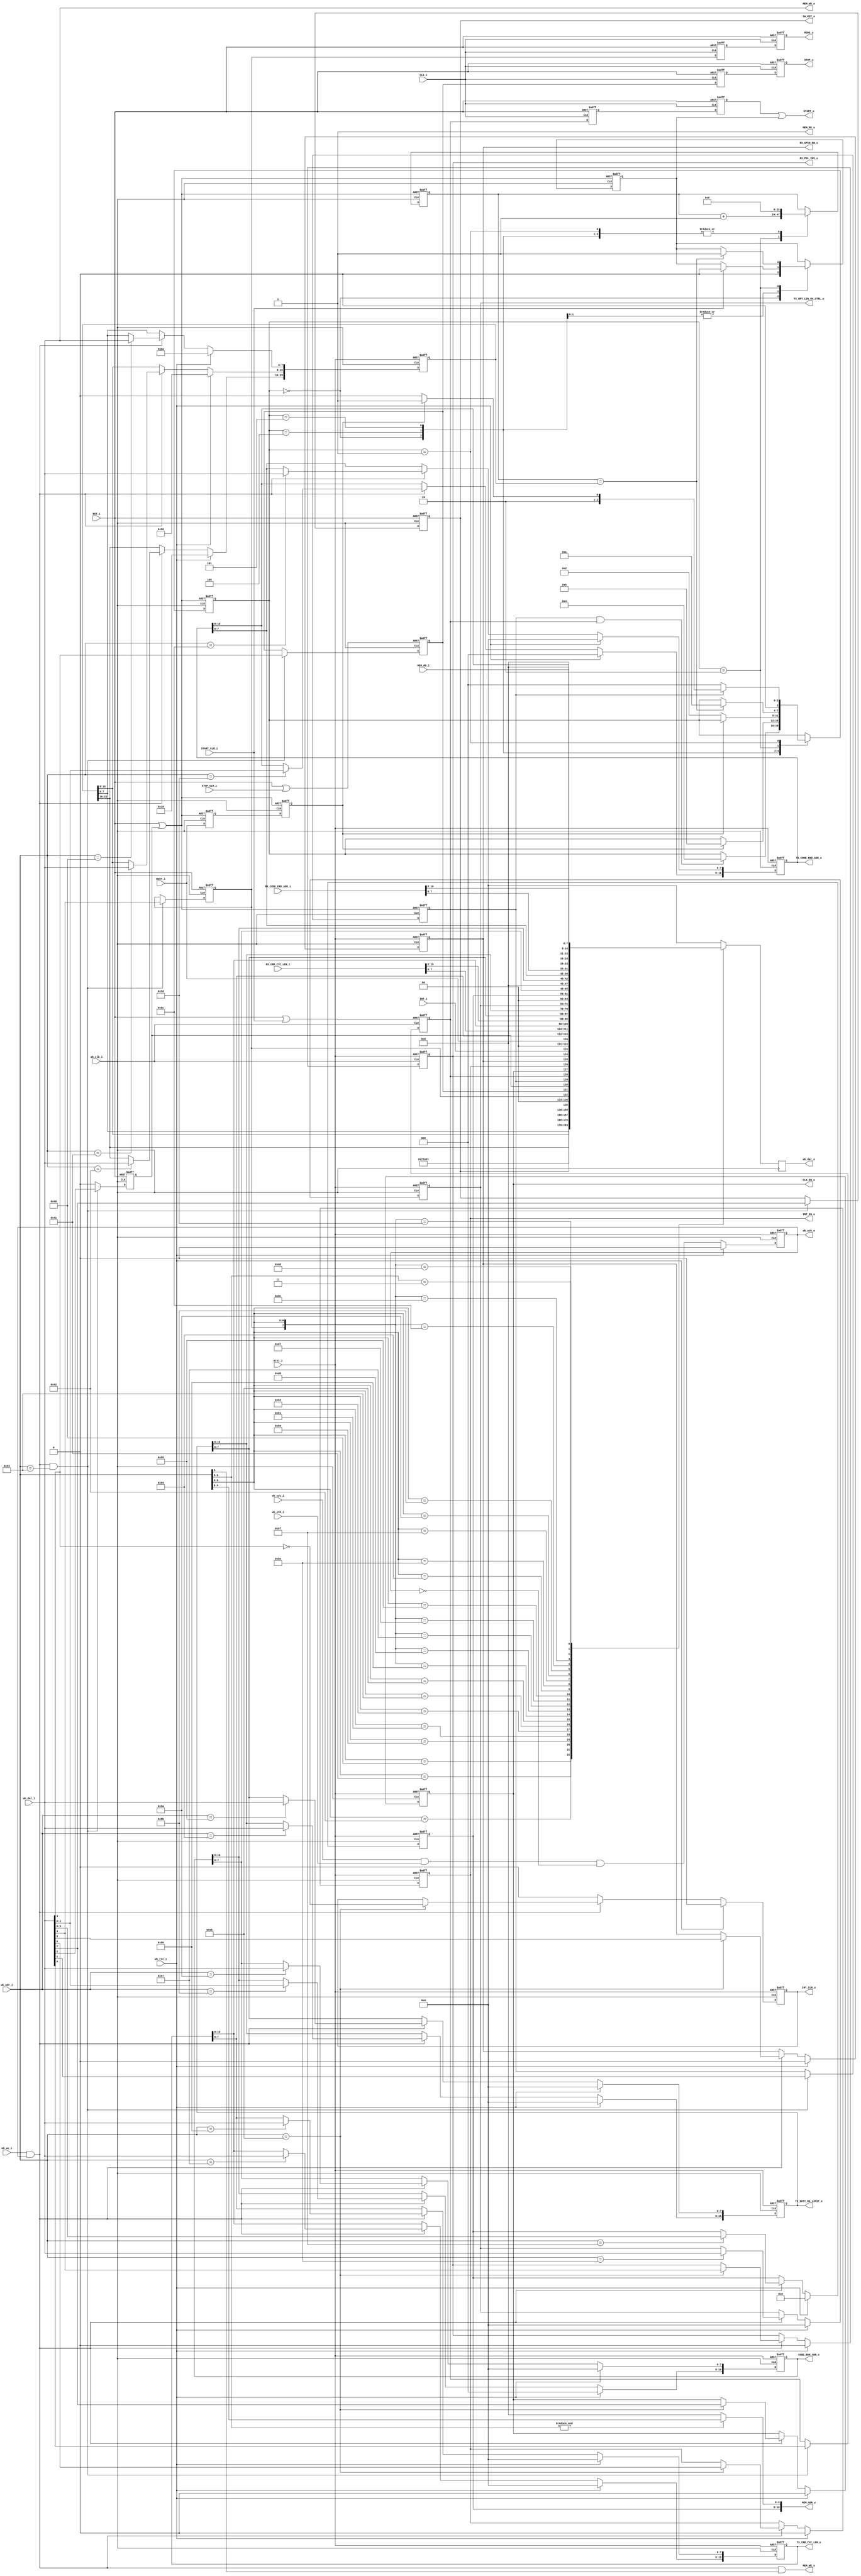
//**********************************************************
//Title:    ir_reg_if
//Design:   ir_reg_if.v
//Function: IrDA Remote TX/RX controller Register I/F to SPI
//Company:  QuickLogic Corp.
//
//**********************************************************

`timescale 1ns/10ps
`define WISHBONE
module ir_reg_if
	#(
	parameter	MEM_ADR_WIDTH        = 11)
(	
	input 						RST_i,					// active-high reset
	input						CLK_i,					// clock (~12MHz?)
`ifdef WISHBONE
	input        				wb_clk_i,     // master clock input
	input        				wb_rst_i,     // synchronous active high reset
	input        				arst_i,       // asynchronous reset
	input  [7:0] 				wb_adr_i,     // lower address bits
	input  [7:0] 				wb_dat_i,    // databus input
	output reg 	[7:0] 		    wb_dat_o,     // databus output
	input        				wb_we_i,     // write enable input
	input        				wb_stb_i,     // stobe/core select signal
	input        				wb_cyc_i,    // valid bus cycle input
	output       				wb_ack_o,    // bus cycle acknowledge output


`else	
	
	input						REG_CLK_i,				// Register Clock (~1.5MHz?)
	input [6:0]					REG_ADR_i,				// Register Address
	input [7:0]					REG_WD_i,				// Register Write Data
	input 						REG_WE_i,				// Register Write Enable
	output [7:0]				REG_RD_o,				// Register Read Data
`endif
//	input 						REG_RD_ACK_i,			// Register Read Data Acknowledge
	
	output						SW_RST_o,				// SW Reset, active high
	output						CLK_EN_o,				// PSB Clock Enable
	output 						MODE_o,					// IrDA Mode 0: Tx, 1: Rx
	output 						START_o,				// IrDA Transaction Start Flag
	input 						START_CLR_i,			// IrDA Transaction Start Clear Flag
	output 						STOP_o,					// IrDA Transaction Stop Flag
	input 						STOP_CLR_i,				// IrDA Transaction Stop Clear Flag
	input 						BUSY_i,					// IrDA Transaction Busy Flag
	output						INT_EN_o,				// Interrupt Enable
	output						RX_GPIO_EN_o,			// GPIO Enable for Rx Transaction
	output						RX_POL_INV_o,			// Rx Signal Polarity Inversion Flag
	output [15:0]				TX_CRR_CYC_LEN_o,		// Tx Carrier Cycle Length
	output [15:0]				TX_DUTY_RX_LIMIT_o,		// Tx Carrier Duty Length / Rx Limit Address
	output [7:0]				TX_RPT_LEN_RX_CTRL_o,	// Tx Repeat Length / Rx Control
	output [MEM_ADR_WIDTH-1:0]	CODE_BGN_ADR_o,			// Tx/Rx Code Begin Address
	output [MEM_ADR_WIDTH-1:0]	TX_CODE_END_ADR_o,		// Tx Code End Address
	input [15:0]				RX_CRR_CYC_LEN_i,		// Rx Carrier Cycle Length
	input [MEM_ADR_WIDTH-1:0]	RX_CODE_END_ADR_i,		// Rx Code End Address

	input						INT_i,					// Tx/Rx Interrupt
	output						INT_CLR_o,				// Tx/Rx Interrupt Clear

	output						MEM_WE_o,				// Memory Write Enable
	output						MEM_RE_o,				// Memory Read Enable
	output [MEM_ADR_WIDTH-1:0]	MEM_ADR_o,				// Memory Address
	output [7:0]				MEM_WD_o,				// Memory Write Data
	input [7:0]					MEM_RD_i				// Memory Read Data
);

//`include "../rtl/compile_param.vh"
//`include "../../../IR/IP/Ir_rtl/compile_param.vh"
//`include "compile_param.vh"
/*
parameter	PSB_ID_LSB = 0;
parameter	PSB_ID_MSB = 0;
parameter	PSB_VER_LSB = 0;
parameter	PSB_VER_MSB = 0;
*/
parameter	ADR_PSB_REP_DEL_LSB =		7'h40;
parameter	ADR_PSB_REP_DEL_MSB =		7'h41;
parameter	ADR_PSB_REP_DEL_LSB_1 =		7'h42;
parameter	ADR_PSB_ID_LSB =			7'h50;
parameter	ADR_PSB_ID_MSB =			7'h51;
parameter	ADR_PSB_VER_LSB =			7'h52;
parameter	ADR_PSB_VER_MSB =			7'h53;
parameter	ADR_COMMAND =				7'h54;
parameter	ADR_STAT_CTRL =				7'h55;
parameter	ADR_CRR_CYC_LEN_LSB =		7'h56;
parameter	ADR_CRR_CYC_LEN_MSB =		7'h57;
parameter	ADR_TX_DUTY_RX_LIMIT_LSB =	7'h58;
parameter	ADR_TX_DUTY_RX_LIMIT_MSB =	7'h59;
parameter	ADR_CODE_BGN_LSB =			7'h5A;
parameter	ADR_CODE_BGN_MSB =			7'h5B;
parameter	ADR_CODE_END_LSB =			7'h5C;
parameter	ADR_CODE_END_MSB =			7'h5D;
parameter	ADR_TX_RPT_LEN_RX_CTRL =	7'h5E;
parameter	ADR_CODE_ADR_IDX =			7'h5F;

// 7'h60 - 7'h7F : Code Address Space

parameter	PSB_ID_LSB = 	8'h02;	// tentative
parameter	PSB_ID_MSB = 	8'h10;	// tentative
parameter	PSB_VER_LSB = 	8'h01;	// tentative
parameter	PSB_VER_MSB = 	8'h00;	// tentative


reg						rSW_RST;
reg						rMODE_s1, rMODE_s2, rSTART_s1, rSTART_s2, rSTOP_s1, rSTOP_s2;
reg						rCLK_EN, rMODE, rSTART, rSTOP, rINT_CLR;
reg 					rREPEAT,rREPEAT_s1,rREPEAT_s2;
reg 					rREPEATSTOP,rREPEATSTOP_s1,rREPEATSTOP_s2;
reg						rINT_EN, rRX_GPIO_EN, rRX_POL_INV;
reg [15:0]				rTX_CRR_CYC_LEN, rTX_DUTY_RX_LIMIT;
reg [23:0]				rTX_RPT_DEL_LEN;
reg [23:0]              rTX_RPT_DEL_LEN_ctr;
reg [7:0]				rTX_RPT_LEN_RX_CTRL;
reg						gen_rpt_strt;

reg 		[3:0]		rpt_cntr_state;
parameter   			st_IDLE_CHK_RPT_STRT  = 3'b000;
parameter   			st_CHK_RPT       	  = 3'b001;
parameter   			st_RUN_DELAYCTR         = 3'b010;
parameter   			st_WAIT_TX_INTR         = 3'b011;
parameter   			st_WAIT_BUSY0         = 3'b100;
parameter   			st_WAIT_BUSY1         = 3'b101;


reg [MEM_ADR_WIDTH-1:0]	rCODE_BGN_ADR, rTX_CODE_END_ADR;
//reg [1:0]				rRX_CRR_OFFSET_LEN, rRX_CRR_SAMPLE_LEN;
//reg [3:0]				rRX_OFF_TIMEOUT_LEN;
reg [5:0]				rMEM_ADR_IDX;
reg [7:0]				wREG_RD;
reg						rREG_WE_s1, rREG_WE_s2, rREG_WE_s3;
wire					wREG_WE = rREG_WE_s2 & (~rREG_WE_s3);

reg BUSY_r1,BUSY_r2;


assign	SW_RST_o = rSW_RST;
assign 	CLK_EN_o = rCLK_EN;
assign 	MODE_o = rMODE_s2;
//assign 	START_o = rSTART_s2;
assign 	START_o = rSTART_s2 | gen_rpt_strt;
assign 	STOP_o = rSTOP_s2;
assign 	INT_EN_o = rINT_EN;
assign 	RX_GPIO_EN_o = rRX_GPIO_EN;
assign 	RX_POL_INV_o = rRX_POL_INV;
assign 	INT_CLR_o = rINT_CLR;
assign 	TX_CRR_CYC_LEN_o = rTX_CRR_CYC_LEN;
assign 	TX_DUTY_RX_LIMIT_o = rTX_DUTY_RX_LIMIT;
assign 	TX_RPT_LEN_RX_CTRL_o = rTX_RPT_LEN_RX_CTRL;
assign 	CODE_BGN_ADR_o = rCODE_BGN_ADR;
assign 	TX_CODE_END_ADR_o = rTX_CODE_END_ADR;
assign	REG_RD_o = wREG_RD;

assign	MEM_RE_o = 1'b1;




`ifdef WISHBONE
//wire rREPEAT_CLR =  RST_i | rSTOP;
wire rREPEAT_CLR =  RST_i | rREPEATSTOP;
always @(posedge wb_clk_i or posedge rREPEAT_CLR)
begin
	if (rREPEAT_CLR)	
    begin	
		BUSY_r1 <= 1'b0;
		BUSY_r2 <= 1'b0;
	end
	else
	begin
		BUSY_r1 <= BUSY_i;
		BUSY_r2 <= BUSY_r1;	
	
    end
end
//Repeat Start generation counter

always @(posedge wb_clk_i or posedge rREPEAT_CLR)
begin
	if (rREPEAT_CLR)	
    begin	
		//rTX_RPT_DEL_LEN_ctr <= 24'h00;
		rTX_RPT_DEL_LEN_ctr <= 24'h0000;
		rpt_cntr_state 		<= st_IDLE_CHK_RPT_STRT;
		gen_rpt_strt 		<= 1'b0;
	end	
	else
	begin
	
	    case (rpt_cntr_state)
		
			st_IDLE_CHK_RPT_STRT 	: 	begin
											rTX_RPT_DEL_LEN_ctr <= 16'h00;
											gen_rpt_strt 		<= 1'b0;
										
											if (rREPEAT & rSTART)
												//rpt_cntr_state <= st_RUN_DELAYCTR;	
												//rpt_cntr_state <= st_WAIT_TX_INTR;	
												rpt_cntr_state <= st_WAIT_BUSY0;	
											else
												rpt_cntr_state <= rpt_cntr_state;
			
										end
									 
									
			//st_WAIT_TX_INTR         :   begin
            //
            //                                 if (INT_i==1)
			//									rpt_cntr_state 		<= st_RUN_DELAYCTR;
			//							end
			
			st_WAIT_BUSY0         :     begin
											 rTX_RPT_DEL_LEN_ctr 	<= 24'h000000;
			                                 if (BUSY_r2==0)
												rpt_cntr_state 		<= rpt_cntr_state;
											 else
												rpt_cntr_state 		<= st_WAIT_BUSY1;
												
											if (START_CLR_i)
													gen_rpt_strt 	<= 1'b0;	
												
										end
										
										
			st_WAIT_BUSY1         :     begin
											 rTX_RPT_DEL_LEN_ctr 	<= 24'h000000;
			                                 if (BUSY_r2==1)
											 begin
												rpt_cntr_state 		<= rpt_cntr_state;
												//gen_rpt_strt 		<= 1'b0;
											 end	
											 else
												rpt_cntr_state 		<= st_RUN_DELAYCTR;

											if (START_CLR_i)
													gen_rpt_strt 	<= 1'b0;												
												
												
										end										
			
									
			st_RUN_DELAYCTR 		: 	begin
											rTX_RPT_DEL_LEN_ctr <= rTX_RPT_DEL_LEN_ctr+1;
										
											if (rTX_RPT_DEL_LEN_ctr == rTX_RPT_DEL_LEN)
											begin
												rpt_cntr_state 	<= st_CHK_RPT;	
												gen_rpt_strt 	<= 1'b1;
											
											end	
											else
											begin
												rpt_cntr_state <= rpt_cntr_state;

												
											end	
			
										end									
									
									
			st_CHK_RPT 				: 	begin
											rTX_RPT_DEL_LEN_ctr 	<= 24'h000000;
											//gen_rpt_strt 			<= 1'b0;
											gen_rpt_strt 			<= gen_rpt_strt;
											if (rREPEAT)			
											begin
												//rpt_cntr_state 			<= st_RUN_DELAYCTR;
												//rpt_cntr_state 			<= st_WAIT_TX_INTR;
												 if (BUSY_r2==0)
													rpt_cntr_state 			<= st_WAIT_BUSY0;
												 else
													rpt_cntr_state 			<= st_WAIT_BUSY1;
											end
											else
											begin
												rpt_cntr_state 			<= st_IDLE_CHK_RPT_STRT;
											end


										end
		
		
		
		
		
		
		endcase
		

	end
		


end


reg wb_ack_i;
assign wb_ack_o = wb_ack_i;
wire rst_i = arst_i;
// generate wishbone write access
wire wb_wacc = wb_we_i & wb_ack_i;

wire [4:0]				wMEM_ADR_LSB 	= (&wb_adr_i[6:5]) ? wb_adr_i[4:0] : 0;
assign					MEM_WE_o 		= wb_wacc & wb_adr_i[6:5];
assign					MEM_WD_o 		= wb_dat_i;
assign					MEM_ADR_o 		= {rMEM_ADR_IDX, wMEM_ADR_LSB};

	
	// generate acknowledge output signal
	always @(posedge wb_clk_i or posedge rst_i)
	  if (rst_i)
	    wb_ack_i <= 1'b0;
	  else if (wb_rst_i)
	    wb_ack_i <= 1'b0;
	  else
	    wb_ack_i <= #1 wb_cyc_i & wb_stb_i & ~wb_ack_i; // because timing is always honored

		
	// assign DAT_O
	always @(posedge wb_clk_i)
	begin
	  //casex ({rMODE,wb_adr_i}) // synopsys parallel_case
	  casex ({rMODE,wb_adr_i[6:0]}) // synopsys parallel_case
	    {1'bx, ADR_PSB_REP_DEL_LSB} : 		wb_dat_o = rTX_RPT_DEL_LEN[7:0];
	    {1'bx, ADR_PSB_REP_DEL_MSB} : 		wb_dat_o = rTX_RPT_DEL_LEN[15:8];	  
	    {1'bx, ADR_PSB_REP_DEL_LSB_1} : 	wb_dat_o = rTX_RPT_DEL_LEN[23:16];	  
		{1'bx, ADR_PSB_ID_LSB} : 			wb_dat_o = PSB_ID_LSB;
		{1'bx, ADR_PSB_ID_MSB} : 			wb_dat_o = PSB_ID_MSB;
		{1'bx, ADR_PSB_VER_LSB} : 			wb_dat_o = PSB_VER_LSB;
		{1'bx, ADR_PSB_VER_MSB} : 			wb_dat_o = PSB_VER_MSB;
		//{1'bx, ADR_COMMAND} : 				wb_dat_o = {rSW_RST, 2'd0, rMODE, rSTOP, 2'd0, rSTART};
		//{1'bx, ADR_COMMAND} : 				wb_dat_o = {rSW_RST, 2'd0, rMODE, rSTOP, 1'b0,rREPEAT, rSTART};
		{1'bx, ADR_COMMAND} : 				wb_dat_o = {rSW_RST, 2'd0, rMODE, rSTOP, rREPEATSTOP,rREPEAT, rSTART};
		{1'bx, ADR_STAT_CTRL} : 			wb_dat_o = {rCLK_EN, rINT_EN, rRX_GPIO_EN, rRX_POL_INV, INT_i, 2'd0, BUSY_i};
		{1'b0, ADR_CRR_CYC_LEN_LSB} :	 	wb_dat_o = rTX_CRR_CYC_LEN[7:0];
		{1'b1, ADR_CRR_CYC_LEN_LSB} : 		wb_dat_o = RX_CRR_CYC_LEN_i[7:0];
		{1'b0, ADR_CRR_CYC_LEN_MSB} :	 	wb_dat_o = rTX_CRR_CYC_LEN[15:8];
		{1'b1, ADR_CRR_CYC_LEN_MSB} : 		wb_dat_o = RX_CRR_CYC_LEN_i[15:8];
		{1'bx, ADR_TX_DUTY_RX_LIMIT_LSB} : 	wb_dat_o = rTX_DUTY_RX_LIMIT[7:0];
		{1'bx, ADR_TX_DUTY_RX_LIMIT_MSB} : 	wb_dat_o = rTX_DUTY_RX_LIMIT[15:8];
		{1'bx, ADR_TX_RPT_LEN_RX_CTRL} : 	wb_dat_o = rTX_RPT_LEN_RX_CTRL;
		{1'bx, ADR_CODE_ADR_IDX} : 			wb_dat_o = {2'd0, rMEM_ADR_IDX};
		{1'bx, ADR_CODE_BGN_LSB} : 			wb_dat_o = rCODE_BGN_ADR[7:0];
		{1'bx, ADR_CODE_BGN_MSB} : 			wb_dat_o = {5'd0, rCODE_BGN_ADR[MEM_ADR_WIDTH-1:8]};
		{1'b0, ADR_CODE_END_LSB} : 			wb_dat_o = rTX_CODE_END_ADR[7:0];
		{1'b1, ADR_CODE_END_LSB} : 			wb_dat_o = RX_CODE_END_ADR_i[7:0];
		{1'b0, ADR_CODE_END_MSB} : 			wb_dat_o = {5'd0, rTX_CODE_END_ADR[MEM_ADR_WIDTH-1:8]};
		{1'b1, ADR_CODE_END_MSB} : 			wb_dat_o = {5'd0, RX_CODE_END_ADR_i[MEM_ADR_WIDTH-1:8]};
		{1'bx, 7'b11x_xxxx} :				wb_dat_o = MEM_RD_i;
		default : 							wb_dat_o = 8'h0;
	  endcase
	end		
	
	
	//Sync
	always @(posedge CLK_i or posedge RST_i) begin
		if (RST_i) begin
			rMODE_s1 <= 0;
			rMODE_s2 <= 0;
			rSTART_s1 <= 0;
			rSTART_s2 <= 0;
			rSTOP_s1 <= 0;
			rSTOP_s2 <= 0;
			rREPEAT_s1 <= 0;
			rREPEAT_s2 <= 0;
		end
		else begin
			rMODE_s1 <= rMODE;
			rMODE_s2 <= rMODE_s1;
			rSTART_s1 <= rSTART;
			rSTART_s2 <= rSTART_s1;
			rSTOP_s1 <= rSTOP;
			rSTOP_s2 <= rSTOP_s1;
			rREPEAT_s1 <= rREPEAT;
			rREPEAT_s2 <= rREPEAT_s1;			
		end
	end	
	
   //Write to register specific cases

	always @(posedge wb_clk_i or posedge RST_i) begin
		if (RST_i) begin
			rSW_RST <= 0;
			rMODE <= 0;
		end
		else if (wb_wacc & (wb_adr_i == ADR_COMMAND)) begin
			rSW_RST <= wb_dat_i[7];
			rMODE <= wb_dat_i[4];
		end
	end

wire	wSTART_RST = RST_i | START_CLR_i;

	always @(posedge wb_clk_i or posedge wSTART_RST) begin
		if (wSTART_RST) begin
			rSTART <= 0;
		end
		else if (wb_wacc & (wb_adr_i == ADR_COMMAND)) begin
			rSTART <= wb_dat_i[0];
		end
	end

wire	wSTOP_RST = RST_i | STOP_CLR_i;

	always @(posedge wb_clk_i or posedge wSTOP_RST) begin
		if (wSTOP_RST) begin
			rSTOP <= 0;
		end
		else if (wb_wacc & (wb_adr_i == ADR_COMMAND)) begin
			rSTOP <= wb_dat_i[3];
		end
	end   

	//New Change
//assign	rREPEAT_CLR =  RST_i | rSTOP;
	always @(posedge wb_clk_i or posedge rREPEAT_CLR) begin
		if (rREPEAT_CLR) begin
			rREPEAT <= 0;
		end
		else if (wb_wacc & (wb_adr_i == ADR_COMMAND)) begin
			rREPEAT <= wb_dat_i[1];
		end
	end 	
	
	always @(posedge wb_clk_i or posedge RST_i) begin
		if (RST_i) begin
			rREPEATSTOP <= 0;
		end
		else 
			if (wb_wacc & (wb_adr_i == ADR_COMMAND)) 
			begin
				rREPEATSTOP <= wb_dat_i[2];
			
			end
			else
				rREPEATSTOP <= 1'b0;
			
	end	
	

	// Write to registers
	always @(posedge wb_clk_i or posedge rst_i)
	  if (rst_i)
	    begin
	
			rCLK_EN 			<= 0;
			rINT_EN 			<= 0;
			rRX_GPIO_EN 		<= 0;
			rRX_POL_INV 		<= 0;
			rINT_CLR 			<= 0;

		    rTX_CRR_CYC_LEN     <= 0;
			rTX_DUTY_RX_LIMIT   <= 0;
			rTX_RPT_LEN_RX_CTRL <= 0;
			rMEM_ADR_IDX        <= 0;
			rCODE_BGN_ADR 		<= 0;
			rTX_CODE_END_ADR 	<= 0;
			
			rTX_RPT_DEL_LEN 	<= 24'h1050BA;
	    end
	  else if (wb_rst_i)
	    begin
			rCLK_EN 			<= 0;
			rINT_EN 			<= 0;
			rRX_GPIO_EN 		<= 0;
			rRX_POL_INV 		<= 0;
			rINT_CLR 			<= 0;

		    rTX_CRR_CYC_LEN     <= 0;
			rTX_DUTY_RX_LIMIT   <= 0;
			rTX_RPT_LEN_RX_CTRL <= 0;
			rMEM_ADR_IDX        <= 0;
			rCODE_BGN_ADR 		<= 0;
			rTX_CODE_END_ADR 	<= 0;		
			
			rTX_RPT_DEL_LEN 	<= 24'h1050BA;			//108 ms for 12 Mhz clock
			
	    end
	  else
	   if (wb_wacc)
	   begin
	      case (wb_adr_i) // synopsys parallel_case
		  
			ADR_PSB_REP_DEL_LSB : 		rTX_RPT_DEL_LEN[7:0]	<= wb_dat_i[7:0];
			ADR_PSB_REP_DEL_MSB : 		rTX_RPT_DEL_LEN[15:8]	<= wb_dat_i[7:0];		  
			ADR_PSB_REP_DEL_LSB_1: 		rTX_RPT_DEL_LEN[23:16]	<= wb_dat_i[7:0];		  

		    ADR_STAT_CTRL               : 	begin
												rCLK_EN 		<= wb_dat_i[7];
												rINT_EN 		<= wb_dat_i[6];
						                        rRX_GPIO_EN 	<= wb_dat_i[5];
			                                    rRX_POL_INV 	<= wb_dat_i[4];
			                                    rINT_CLR 		<= ~wb_dat_i[3];
											end	
		    ADR_CRR_CYC_LEN_LSB  		: rTX_CRR_CYC_LEN[7:0] 		 		     <= wb_dat_i[7:0];
		    ADR_CRR_CYC_LEN_MSB  		: rTX_CRR_CYC_LEN[15:8] 		 		 <= wb_dat_i[7:0];
		    ADR_TX_DUTY_RX_LIMIT_LSB  	: rTX_DUTY_RX_LIMIT[7:0] 		 		 <= wb_dat_i[7:0];
		    ADR_TX_DUTY_RX_LIMIT_MSB  	: rTX_DUTY_RX_LIMIT[15:8]		 		 <= wb_dat_i[7:0];
		    ADR_TX_RPT_LEN_RX_CTRL  	: rTX_RPT_LEN_RX_CTRL 			 		 <= wb_dat_i[7:0];
		    ADR_CODE_ADR_IDX 			: rMEM_ADR_IDX 						 	 <= wb_dat_i[5:0]; 
		    ADR_CODE_BGN_LSB 			: rCODE_BGN_ADR[7:0] 				 	 <= wb_dat_i[7:0];  
			ADR_CODE_BGN_MSB 			: rCODE_BGN_ADR[MEM_ADR_WIDTH-1:8] 	     <= wb_dat_i[7:0]; 
		    ADR_CODE_END_LSB 			: rTX_CODE_END_ADR[7:0] 				 <= wb_dat_i[7:0];
		    ADR_CODE_END_MSB 			: rTX_CODE_END_ADR[MEM_ADR_WIDTH-1:8]    <= wb_dat_i[7:0];
		  
		  

	         default: ;
	      endcase
		end  
		else 
		begin	
			if (rINT_CLR) begin	// self reset
				rINT_CLR <= 0;
		end
		end  

`else

wire [4:0]				wMEM_ADR_LSB = (&REG_ADR_i[6:5]) ? REG_ADR_i[4:0] : 0;
assign					MEM_WE_o = wREG_WE & REG_ADR_i[6:5];
assign					MEM_WD_o = REG_WD_i;
assign					MEM_ADR_o 		= {rMEM_ADR_IDX, wMEM_ADR_LSB};

always @(posedge CLK_i or posedge RST_i) begin
	if (RST_i) begin
		rREG_WE_s1 <= 0;
		rREG_WE_s2 <= 0;
		rREG_WE_s3 <= 0;
	end
	else begin
		rREG_WE_s1 <= REG_WE_i;
		rREG_WE_s2 <= rREG_WE_s1;
		rREG_WE_s3 <= rREG_WE_s2;
	end
end


always @(posedge REG_CLK_i or posedge RST_i) begin
	if (RST_i) begin
		rSW_RST <= 0;
		rMODE <= 0;
	end
	else if (REG_WE_i & (REG_ADR_i == ADR_COMMAND)) begin
		rSW_RST <= REG_WD_i[7];
		rMODE <= REG_WD_i[4];
	end
//	else begin
//		rMODE <= rMODE;
//	end
end

wire	wSTART_RST = RST_i | START_CLR_i;

always @(posedge REG_CLK_i or posedge wSTART_RST) begin
	if (wSTART_RST) begin
		rSTART <= 0;
	end
	else if (REG_WE_i & (REG_ADR_i == ADR_COMMAND)) begin
		rSTART <= REG_WD_i[0];
	end
//	else begin
//		rSTART <= rSTART;
//	end
end

wire	wSTOP_RST = RST_i | STOP_CLR_i;

always @(posedge REG_CLK_i or posedge wSTOP_RST) begin
	if (wSTOP_RST) begin
		rSTOP <= 0;
	end
	else if (REG_WE_i & (REG_ADR_i == ADR_COMMAND)) begin
		rSTOP <= REG_WD_i[3];
	end
//	else begin
//		rSTOP <= rSTOP;
//	end
end

always @(posedge CLK_i or posedge RST_i) begin
	if (RST_i) begin
		rMODE_s1 <= 0;
		rMODE_s2 <= 0;
		rSTART_s1 <= 0;
		rSTART_s2 <= 0;
		rSTOP_s1 <= 0;
		rSTOP_s2 <= 0;
	end
	else begin
		rMODE_s1 <= rMODE;
		rMODE_s2 <= rMODE_s1;
		rSTART_s1 <= rSTART;
		rSTART_s2 <= rSTART_s1;
		rSTOP_s1 <= rSTOP;
		rSTOP_s2 <= rSTOP_s1;
	end
end


always @(posedge REG_CLK_i or posedge RST_i) begin
	if (RST_i) begin
		rCLK_EN <= 0;
		rINT_EN <= 0;
		rRX_GPIO_EN <= 0;
		rRX_POL_INV <= 0;
		rINT_CLR <= 0;
	end
	else if (REG_WE_i & (REG_ADR_i == ADR_STAT_CTRL)) begin
		rCLK_EN <= REG_WD_i[7];
		rINT_EN <= REG_WD_i[6];
		rRX_GPIO_EN <= REG_WD_i[5];
		rRX_POL_INV <= REG_WD_i[4];
		rINT_CLR <= ~REG_WD_i[3];
	end
	else if (rINT_CLR) begin	// self reset
		rINT_CLR <= 0;
	end
//	else begin
//		rCLK_EN <= rCLK_EN;
//		rINT_EN <= rINT_EN;
//		rRX_GPIO_EN <= rRX_GPIO_EN;
//		rRX_POL_INV <= rRX_POL_INV;
//		rINT_CLR <= rINT_CLR;
//	end
end


always @(posedge REG_CLK_i or posedge RST_i) begin
	if (RST_i) begin
		rTX_CRR_CYC_LEN <= 0;
	end
	else if (REG_WE_i & (REG_ADR_i == ADR_CRR_CYC_LEN_LSB)) begin
		rTX_CRR_CYC_LEN[7:0] <= REG_WD_i;
	end
	else if (REG_WE_i & (REG_ADR_i == ADR_CRR_CYC_LEN_MSB)) begin
		rTX_CRR_CYC_LEN[15:8] <= REG_WD_i;
	end
//	else begin
//		rTX_CRR_CYC_LEN <= rTX_CRR_CYC_LEN;
//	end
end

always @(posedge REG_CLK_i or posedge RST_i) begin
	if (RST_i) begin
		rTX_DUTY_RX_LIMIT <= 0;
	end
	else if (REG_WE_i & (REG_ADR_i == ADR_TX_DUTY_RX_LIMIT_LSB)) begin
		rTX_DUTY_RX_LIMIT[7:0] <= REG_WD_i;
	end
	else if (REG_WE_i & (REG_ADR_i == ADR_TX_DUTY_RX_LIMIT_MSB)) begin
		rTX_DUTY_RX_LIMIT[15:8] <= REG_WD_i;
	end
//	else begin
//		rTX_DUTY_RX_LIMIT <= rTX_DUTY_RX_LIMIT;
//	end
end

always @(posedge REG_CLK_i or posedge RST_i) begin
	if (RST_i) begin
		rTX_RPT_LEN_RX_CTRL <= 0;
	end
	else if (REG_WE_i & (REG_ADR_i == ADR_TX_RPT_LEN_RX_CTRL)) begin
		rTX_RPT_LEN_RX_CTRL <= REG_WD_i;
	end
//	else begin
//		rTX_RPT_LEN_RX_CTRL <= rTX_RPT_LEN_RX_CTRL;
//	end
end

always @(posedge REG_CLK_i or posedge RST_i) begin
	if (RST_i) begin
		rMEM_ADR_IDX <= 0;
	end
	else if (REG_WE_i & (REG_ADR_i == ADR_CODE_ADR_IDX)) begin
		rMEM_ADR_IDX <= REG_WD_i[5:0];
	end
//	else if (wREG_WE & (REG_ADR_i == 7'h7F)) begin	// end of lower address edge
//		rMEM_ADR_IDX <= rMEM_ADR_IDX + 1;
//	end
//	else begin
//		rMEM_ADR_IDX <= rMEM_ADR_IDX;
//	end
end

always @(posedge REG_CLK_i or posedge RST_i) begin
	if (RST_i) begin
		rCODE_BGN_ADR <= 0;
	end
	else if (REG_WE_i & (REG_ADR_i == ADR_CODE_BGN_LSB)) begin
		rCODE_BGN_ADR[7:0] <= REG_WD_i;
	end
	else if (REG_WE_i & (REG_ADR_i == ADR_CODE_BGN_MSB)) begin
		rCODE_BGN_ADR[MEM_ADR_WIDTH-1:8] <= REG_WD_i;
	end
//	else begin
//		rCODE_BGN_ADR <= rCODE_BGN_ADR;
//	end
end

always @(posedge REG_CLK_i or posedge RST_i) begin
	if (RST_i) begin
		rTX_CODE_END_ADR <= 0;
	end
	else if (REG_WE_i & (REG_ADR_i == ADR_CODE_END_LSB)) begin
		rTX_CODE_END_ADR[7:0] <= REG_WD_i;
	end
	else if (REG_WE_i & (REG_ADR_i == ADR_CODE_END_MSB)) begin
		rTX_CODE_END_ADR[MEM_ADR_WIDTH-1:8] <= REG_WD_i;
	end
//	else begin
//		rTX_CODE_END_ADR <= rTX_CODE_END_ADR;
//	end
end


///// SPI Register Read /////////////////////////////////////////////////////

always @(*) begin
	casex ({rMODE, REG_ADR_i})

		{1'bx, ADR_PSB_ID_LSB} : 			wREG_RD = PSB_ID_LSB;
		{1'bx, ADR_PSB_ID_MSB} : 			wREG_RD = PSB_ID_MSB;
		{1'bx, ADR_PSB_VER_LSB} : 			wREG_RD = PSB_VER_LSB;
		{1'bx, ADR_PSB_VER_MSB} : 			wREG_RD = PSB_VER_MSB;
		{1'bx, ADR_COMMAND} : 				wREG_RD = {rSW_RST, 2'd0, rMODE, rSTOP, 2'd0, rSTART};
		{1'bx, ADR_STAT_CTRL} : 			wREG_RD = {rCLK_EN, rINT_EN, rRX_GPIO_EN, rRX_POL_INV, INT_i, 2'd0, BUSY_i};
		{1'b0, ADR_CRR_CYC_LEN_LSB} :	 	wREG_RD = rTX_CRR_CYC_LEN[7:0];
		{1'b1, ADR_CRR_CYC_LEN_LSB} : 		wREG_RD = RX_CRR_CYC_LEN_i[7:0];
		{1'b0, ADR_CRR_CYC_LEN_MSB} :	 	wREG_RD = rTX_CRR_CYC_LEN[15:8];
		{1'b1, ADR_CRR_CYC_LEN_MSB} : 		wREG_RD = RX_CRR_CYC_LEN_i[15:8];
		{1'bx, ADR_TX_DUTY_RX_LIMIT_LSB} : 	wREG_RD = rTX_DUTY_RX_LIMIT[7:0];
		{1'bx, ADR_TX_DUTY_RX_LIMIT_MSB} : 	wREG_RD = rTX_DUTY_RX_LIMIT[15:8];
		{1'bx, ADR_TX_RPT_LEN_RX_CTRL} : 	wREG_RD = rTX_RPT_LEN_RX_CTRL;
		{1'bx, ADR_CODE_ADR_IDX} : 			wREG_RD = {2'd0, rMEM_ADR_IDX};
		{1'bx, ADR_CODE_BGN_LSB} : 			wREG_RD = rCODE_BGN_ADR[7:0];
		{1'bx, ADR_CODE_BGN_MSB} : 			wREG_RD = {5'd0, rCODE_BGN_ADR[MEM_ADR_WIDTH-1:8]};
		{1'b0, ADR_CODE_END_LSB} : 			wREG_RD = rTX_CODE_END_ADR[7:0];
		{1'b1, ADR_CODE_END_LSB} : 			wREG_RD = RX_CODE_END_ADR_i[7:0];
		{1'b0, ADR_CODE_END_MSB} : 			wREG_RD = {5'd0, rTX_CODE_END_ADR[MEM_ADR_WIDTH-1:8]};
		{1'b1, ADR_CODE_END_MSB} : 			wREG_RD = {5'd0, RX_CODE_END_ADR_i[MEM_ADR_WIDTH-1:8]};
		{1'bx, 7'b11x_xxxx} :				wREG_RD = MEM_RD_i;
		default : wREG_RD = 8'd0;
	endcase
end
`endif

endmodule